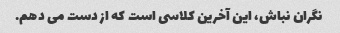
نگران نباش، این آخرین کلاسی است که از دست می دهم.